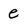
Character: e